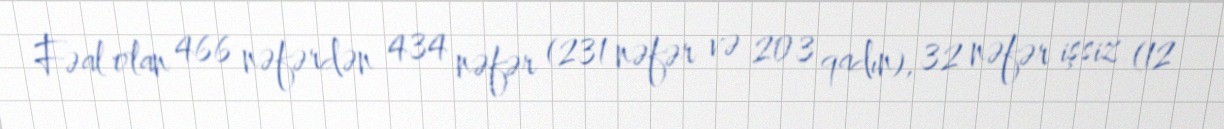
Fəal olan 466 nəfərdən 434 nəfər (231 nəfər və 203 qadın), 32 nəfər işsiz (12